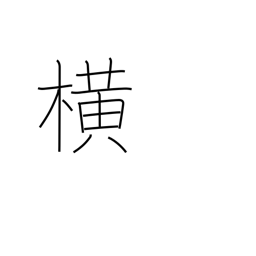
Meaning: side